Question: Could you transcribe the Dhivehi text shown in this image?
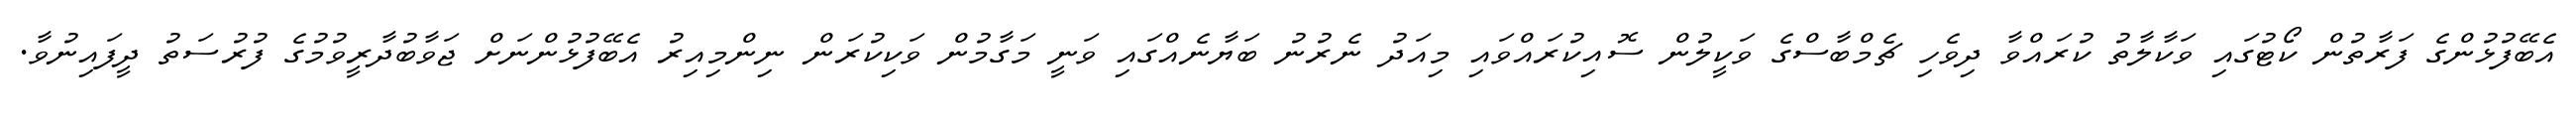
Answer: އެބޭފުޅުންގެ ފަރާތުން ކޯޓުގައި ވަކާލާތު ކުރައްވާ ދިވެހި ޗެމްބާސްގެ ވަކީލުން ސޮއިކުރައްވައި މިއަދު ނެރުނު ބަޔާނެއްގައި ވަނީ މަގާމުން ވަކިކުރަން ނިންމިއިރު އެބޭފުޅުންނަށް ޖަވާބުދާރީވުމުގެ ފުރުސަތު ދީފައިނުވާ.